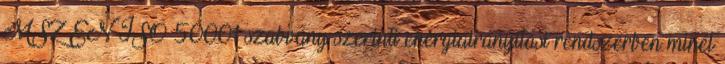
MSZ EN ISO 50001 szabvány szerinti energiairányítási rendszerben minél